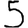
Digit: 5